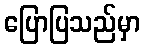
ပြောပြသည်မှာ